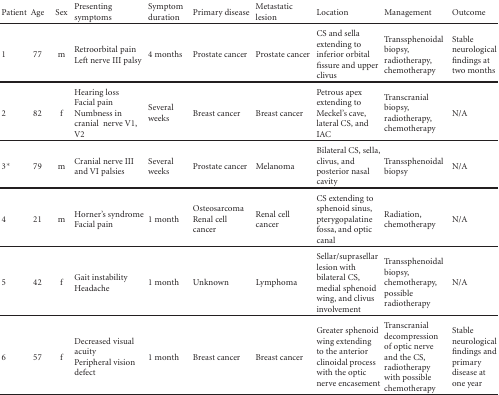
<table><thead><tr><td><b>Patient</b></td><td><b>Age</b></td><td><b>Sex</b></td><td><b>Presenting symptoms</b></td><td><b>Symptom duration</b></td><td><b>Primary disease</b></td><td><b>Metastatic lesion</b></td><td><b>Location</b></td><td><b>Management</b></td><td><b>Outcome</b></td></tr></thead><tbody><tr><td>1</td><td>77</td><td>m</td><td>Retroorbital pain Left nerve III palsy</td><td>4 months</td><td>Prostate cancer</td><td>Prostate cancer</td><td>CS and sella extending to inferior orbital fissure and upper clivus</td><td>Transsphenoidal biopsy, radiotherapy, chemotherapy</td><td>Stable neurological findings at two months</td></tr><tr><td>2</td><td>82</td><td>f</td><td>Hearing loss Facial pain Numbness in cranial nerve V1, V2</td><td>Several weeks</td><td>Breast cancer</td><td>Breast cancer</td><td>Petrous apex extending to Meckel&#x27;s cave, lateral CS, and IAC</td><td>Transcranial biopsy, radiotherapy, chemotherapy</td><td>N/A</td></tr><tr><td>3*</td><td>79</td><td>m</td><td>Cranial nerve III and VI palsies</td><td>Several weeks</td><td>Prostate cancer</td><td>Melanoma</td><td>Bilateral CS, sella, clivus, and posterior nasal cavity</td><td>Transsphenoidal biopsy</td><td>N/A</td></tr><tr><td>4</td><td>21</td><td>m</td><td>Horner&#x27;s syndrome Facial pain</td><td>1 month</td><td>Osteosarcoma Renal cell cancer</td><td>Renal cell cancer</td><td>CS extending to sphenoid sinus, pterygopalatine fossa, and optic canal</td><td>Radiation, chemotherapy</td><td>N/A</td></tr><tr><td>5</td><td>42</td><td>f</td><td>Gait instability Headache</td><td>1 month</td><td>Unknown</td><td>Lymphoma</td><td>Sellar/suprasellar lesion with bilateral CS, medial sphenoid wing, and clivus involvement</td><td>Transsphenoidal biopsy, chemotherapy, possible radiotherapy</td><td>N/A</td></tr><tr><td>6</td><td>57</td><td>f</td><td>Decreased visual acuity Peripheral vision defect</td><td>1 month</td><td>Breast cancer</td><td>Breast cancer</td><td>Greater sphenoid wing extending to the anterior clinoidal process with the optic nerve encasement</td><td>Transcranial decompression of optic nerve and the CS, radiotherapy with possible chemotherapy</td><td>Stable neurological findings and primary disease at one year</td></tr></tbody></table>